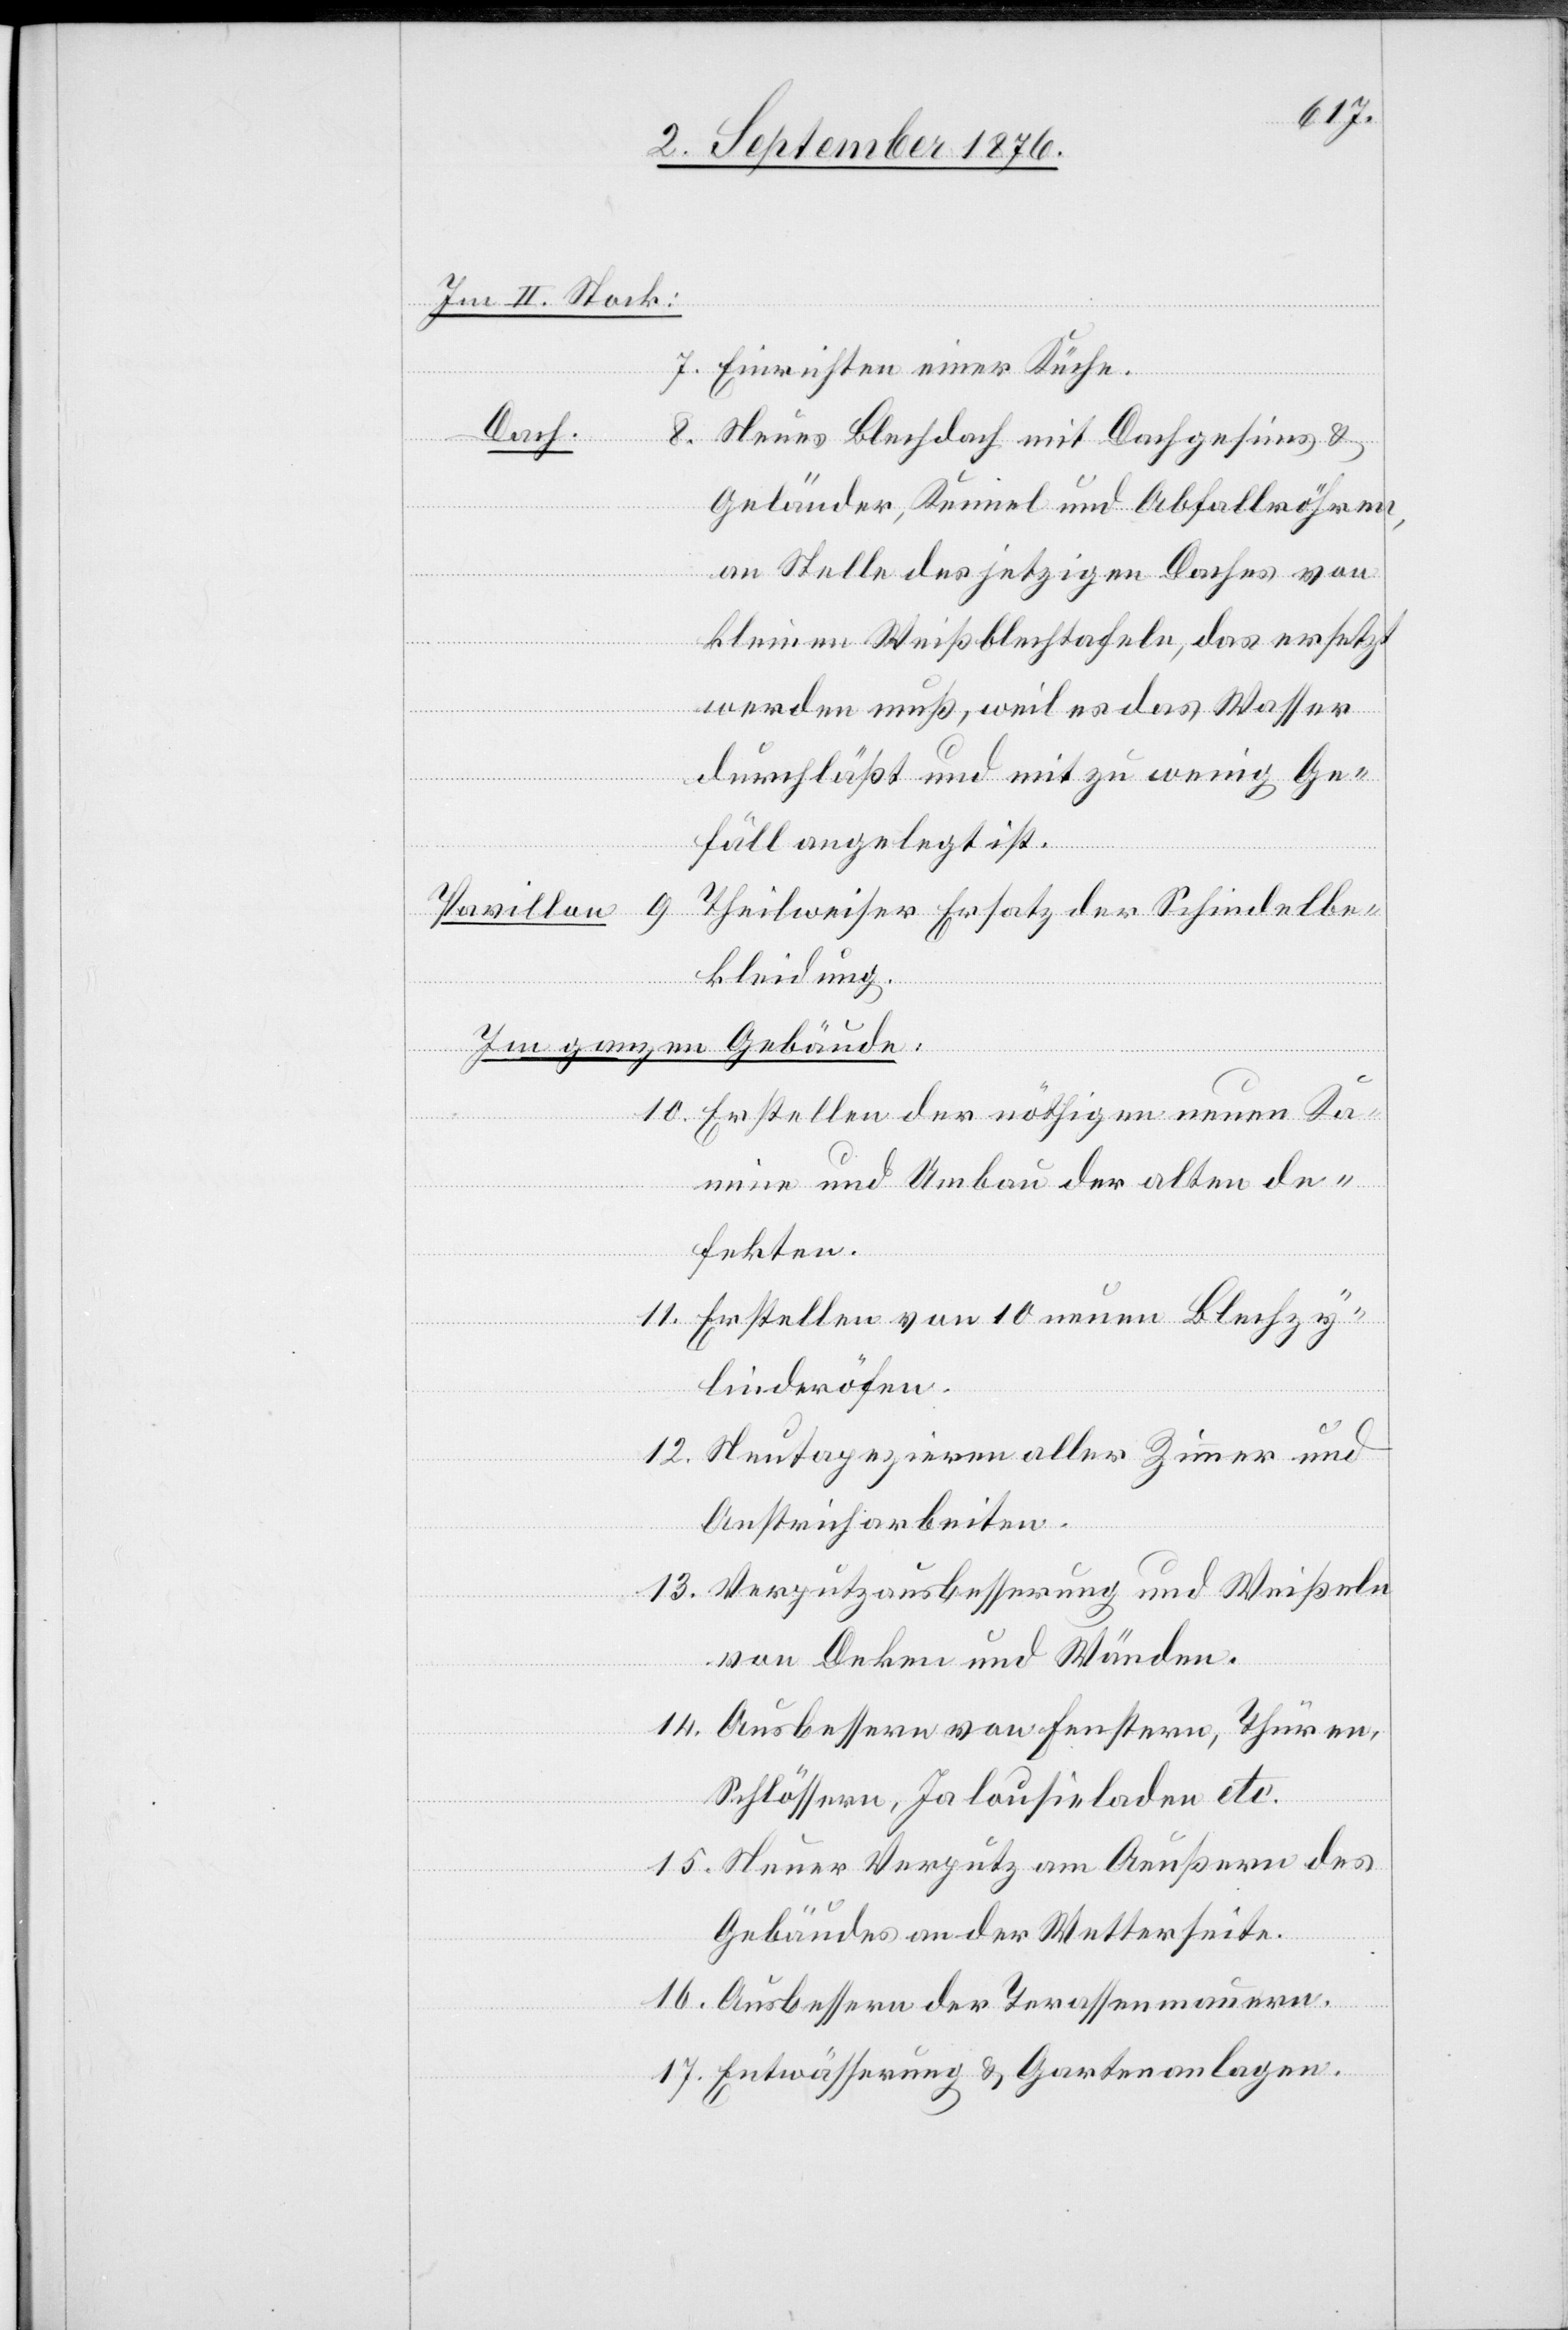
Im II. Stock:
7. Einrichten einer Küche.
9.
Dach:
Neues Blechdach mit Dachgesims &
Geländer, Kennel und Abfallröhren,
an Stelle des jetzigen Daches von
kleinen Weißblechtafeln, das ersetzt
werden muß, weil es das Wasser
durchläßt und mit zu wenig Ge¬
fäll angelegt ist.
Theilweiser Ersatz der Schindelbe¬
Pavillon
kleidung.
Im ganzen Gebäude:
10. Erstellen der nöthigen neuen Ka¬
mine und Umbau der alten de¬
fekten.
11. Erstellen von 10 neuen Blechzy¬
linderöfen.
12. Neutapeziren aller Zimmer und
Anstricharbeiten.
13. Verputzausbesserung und Weißeln
14. Ausbessern von Fenstern, Thüren,
Schlössern, Jalousieladen etc.
15. Neuer Verputz am Aeußern des
Gebäudes an der Wetterseite.
16. Ausbessern der Terassenmauern.
17. Entwässerung & Gartenanlagen.